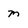
Character: m